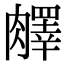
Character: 𦡇